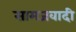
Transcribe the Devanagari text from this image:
सामजवादी